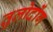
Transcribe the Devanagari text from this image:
तुलोदोंग